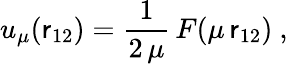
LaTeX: u_{\mu}(\mathsf{r}_{12})=\frac{{1}}{{2\, \mu}}\, F(\mu\, \mathsf{r}_{12})\mathrm{{~,~}}